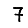
Digit: 7